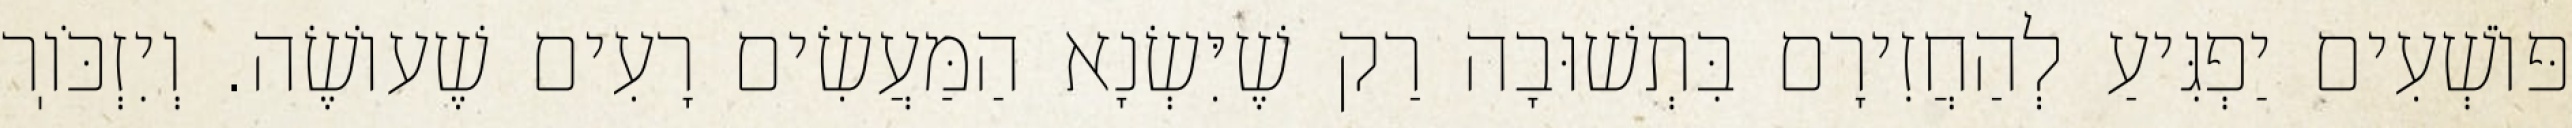
פּוֹשְׁעִים יַפְגִּיעַ לְהַחֲזִירָם בִּתְשׁוּבָה רַק שֶׁיִּשְׂנָא הַמַּעֲשִׂים רָעִים שֶׁעוֹשֶׂה. וְיִזְכֹּוֽר